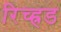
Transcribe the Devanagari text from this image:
रिच्ह्रड